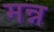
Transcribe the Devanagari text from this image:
मन्न